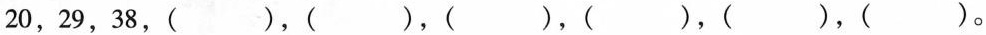
20，29，38，（），（），（），（），（），（）。